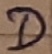
Text: D